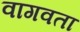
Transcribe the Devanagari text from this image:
वागवता